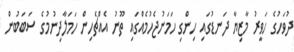
ދުވަހުގެ ހަވީރު މާޒިޔާ ދަނޑުގައި ހިންގި ހަމަނުޖެހުމެއްގައި ތޫނު އެއްޗެހިން ހަމަލާދިނުމުގެ ސަބަބުން